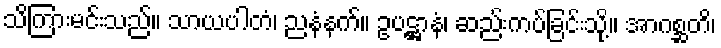
သိကြားမင်းသည်။ သာယပါတံ၊ ညနံနက်။ ဥပဋ္ဌာနံ၊ ဆည်းကပ်ခြင်းသို့။ အာဂစ္ဆတိ၊